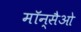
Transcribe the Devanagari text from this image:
मॉन्सैओ